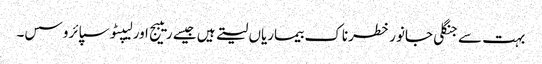
بہت سے جنگلی جانور خطرناک بیماریاں لیتے ہیں جیسے ریبیج اور لیپٹوسپائروسس۔